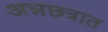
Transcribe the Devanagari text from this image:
अन्नछत्रात